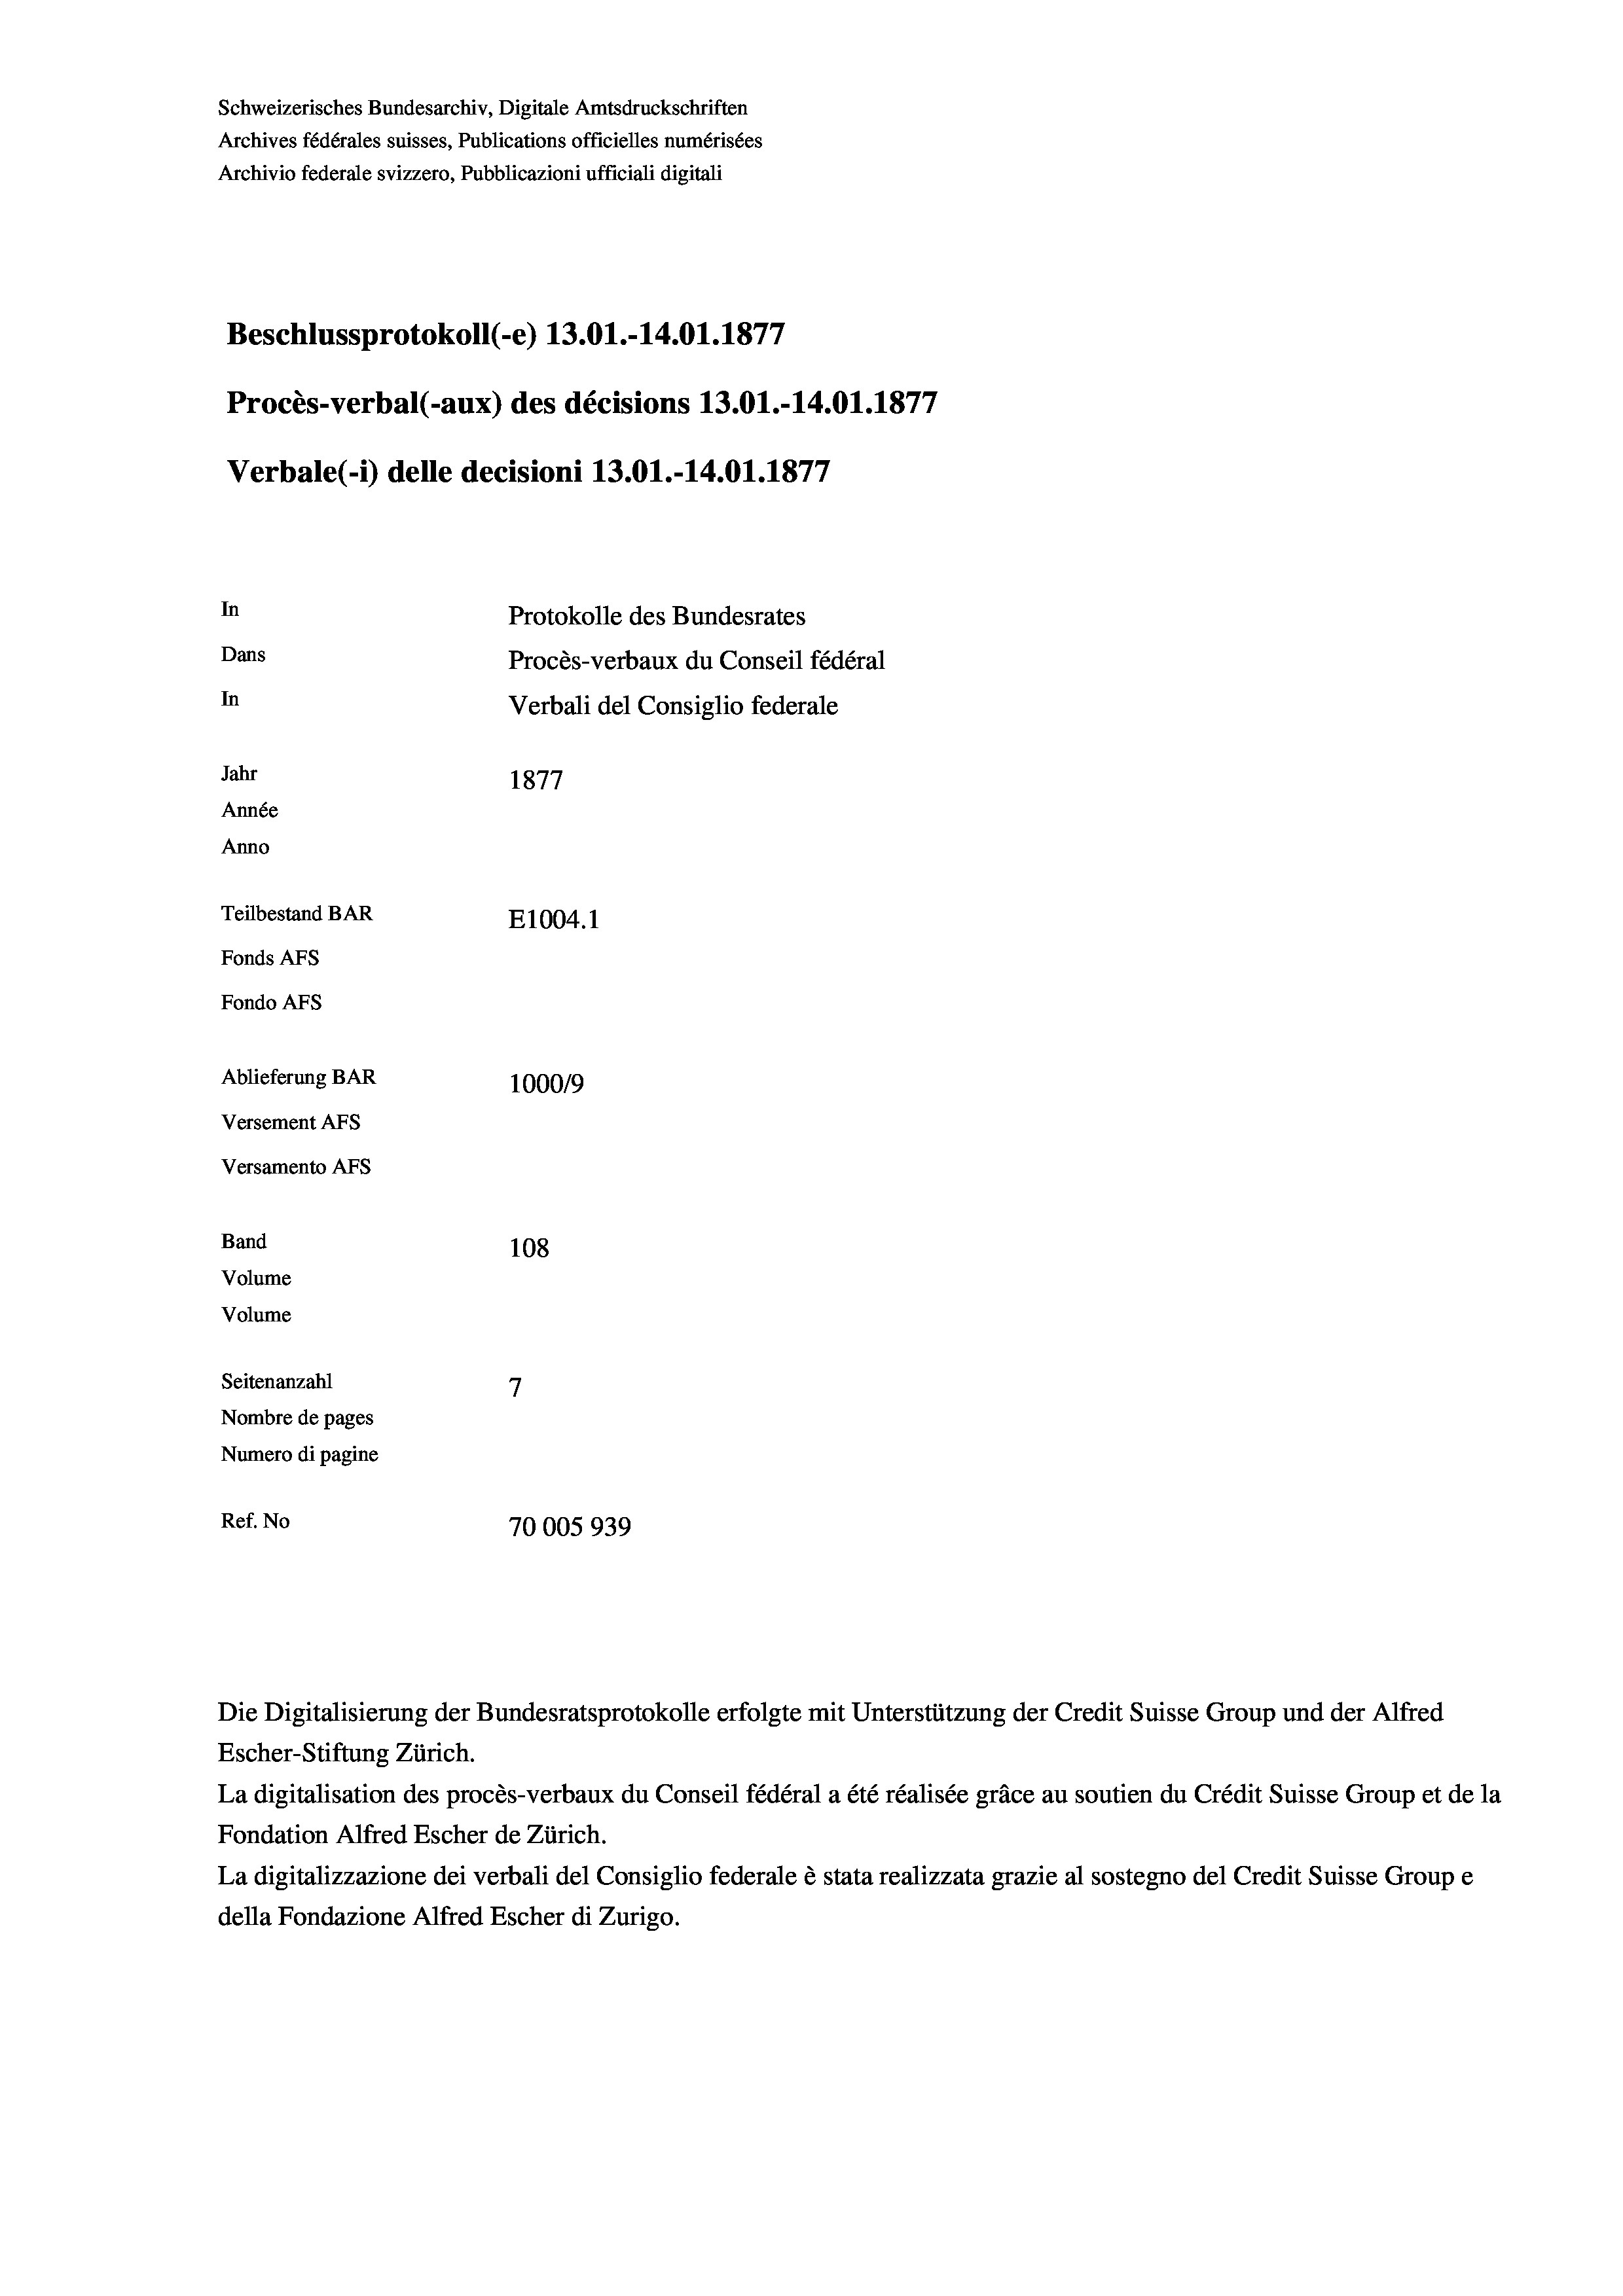
Schweizerisches Bundesarchiv, Digitale Amtsdruckschriften
Archives fédérales suisses, Publications officielles numérisées
Archivio federale svizzero, Pubblicazioni ufficiali digitali
Beschlussprotokoll (-e) 13.01.-14.01. 1877
Procès-verbal (-aux) des décisions 13.01.-14.01.1877
Verbale(*) delle decisioni 13.01.-14.01. 1877
In
Protokolle des Bundesrates
Dans
Procès-verbaux du Conseil fédéral
In
Verbali del Consiglio federale
Jahr
1877
Année
Anno
Teilbestand BAR
E1004.1
Fonds AFs
Fondo AFs
Ablieferung BAR
100019
Versement AFs
Versamento Afs
Band
108
Volume
Volume

7
Seitenanzahl
Nombre de pages
Numero di pagine
Ref. No
70005939

Escher-Stiftung Zürich.
La digitalisation des procès-verbaux du Conseil fédéral a été réalisée gräce au soutien du Crédit Suisse Group et de la
Fondation Alfred Escher de Zürich.
La digitalizzazione dei verbali del Consiglio federale è stata realizzata grazie al sostegno del Credit Suisse Groupe
della Fondazione Alfred Escher di Zurigo.

Die Digitalisierung der Bundesratsprotokolle erfolgte mit Unterstützung der Credit Suisse Group und der Alfred